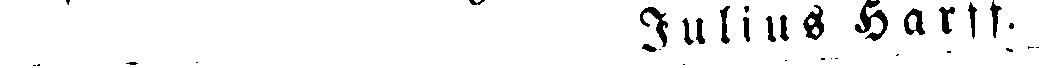
Julius Harff.